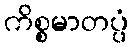
ကိစ္စမာတပ္ပံ